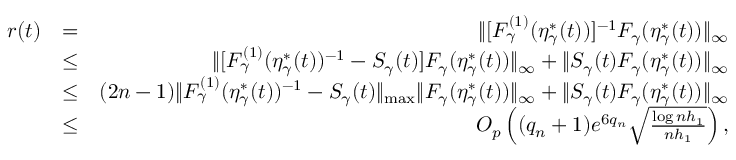
\begin{array} { r l r } { r ( t ) } & { = } & { \| [ F _ { \gamma } ^ { ( 1 ) } ( \eta _ { \gamma } ^ { * } ( t ) ) ] ^ { - 1 } F _ { \gamma } ( \eta _ { \gamma } ^ { * } ( t ) ) \| _ { \infty } } \\ & { \le } & { \| [ F _ { \gamma } ^ { ( 1 ) } ( \eta _ { \gamma } ^ { * } ( t ) ) ^ { - 1 } - S _ { \gamma } ( t ) ] F _ { \gamma } ( \eta _ { \gamma } ^ { * } ( t ) ) \| _ { \infty } + \| S _ { \gamma } ( t ) F _ { \gamma } ( \eta _ { \gamma } ^ { * } ( t ) ) \| _ { \infty } } \\ & { \le } & { ( 2 n - 1 ) \| F _ { \gamma } ^ { ( 1 ) } ( \eta _ { \gamma } ^ { * } ( t ) ) ^ { - 1 } - S _ { \gamma } ( t ) \| _ { \operatorname* { m a x } } \| F _ { \gamma } ( \eta _ { \gamma } ^ { * } ( t ) ) \| _ { \infty } + \| S _ { \gamma } ( t ) F _ { \gamma } ( \eta _ { \gamma } ^ { * } ( t ) ) \| _ { \infty } } \\ & { \le } & { O _ { p } \left( ( q _ { n } + 1 ) e ^ { 6 q _ { n } } \sqrt { \frac { \log n h _ { 1 } } { n h _ { 1 } } } \right) , } \end{array}